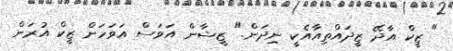
" ޒީކް އާދޭ ޒީދައްތިއާއެކީ ނިދަން." ޒީޝާން އަވަސް އަވަހަށް ޒީކް އުރަން